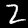
Label: 2